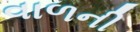
વાળની